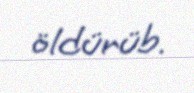
öldürüb.